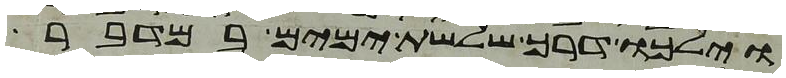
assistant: וילכו דרך שלשת ימים במדבר